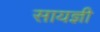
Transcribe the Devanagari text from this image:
सायज्ञी